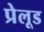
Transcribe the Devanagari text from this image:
प्रेलूड